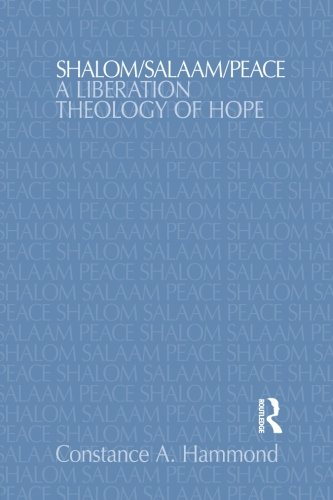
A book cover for Shalom/Salaam/Peace: A Liberation Theology of Hope (Religion and Violence); Constance A. Hammond; Christian Books & Bibles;